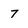
Character: 7